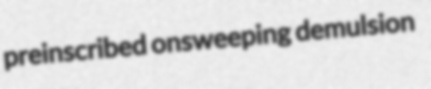
preinscribed onsweeping demulsion